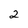
Character: 2